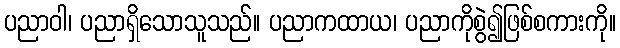
ပညာဝါ၊ ပညာရှိသောသူသည်။ ပညာကထာယ၊ ပညာကိုစွဲ၍ဖြစ်စကားကို။